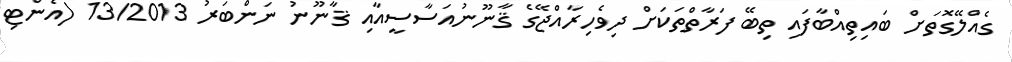
ގެއްލޭގޮތަށް ބައިތިއްބާފައި ތިބޭ ފަރާތްތަކަށް ދިވެހިރާއްޖޭގެ ޤާނޫނުއަސާސީއާއި ޤާނޫނު ނަންބަރު 13/2013 (އެންޓި